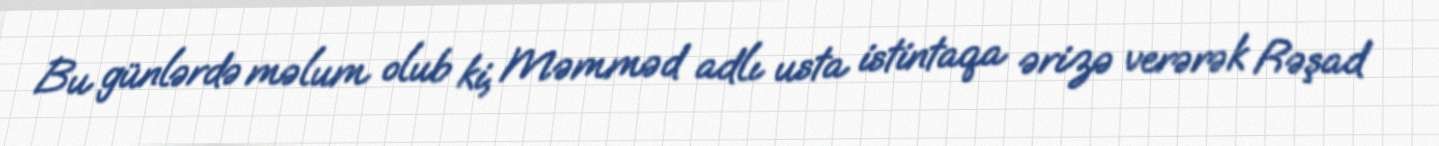
Bu günlərdə məlum olub ki, Məmməd adlı usta istintaqa ərizə verərək Rəşad